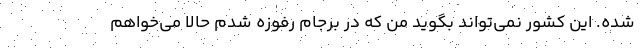
شده. اين كشور نمي‌تواند بگويد من كه در برجام رفوزه شدم حالا مي‌خواهم